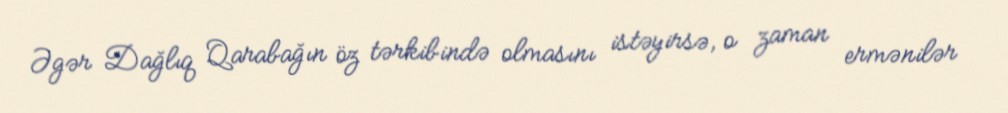
Əgər Dağlıq Qarabağın öz tərkibində olmasını istəyirsə, o zaman ermənilər